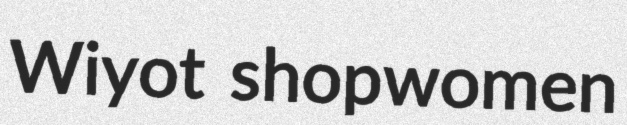
Wiyot shopwomen